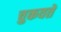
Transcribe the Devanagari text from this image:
चुकवते